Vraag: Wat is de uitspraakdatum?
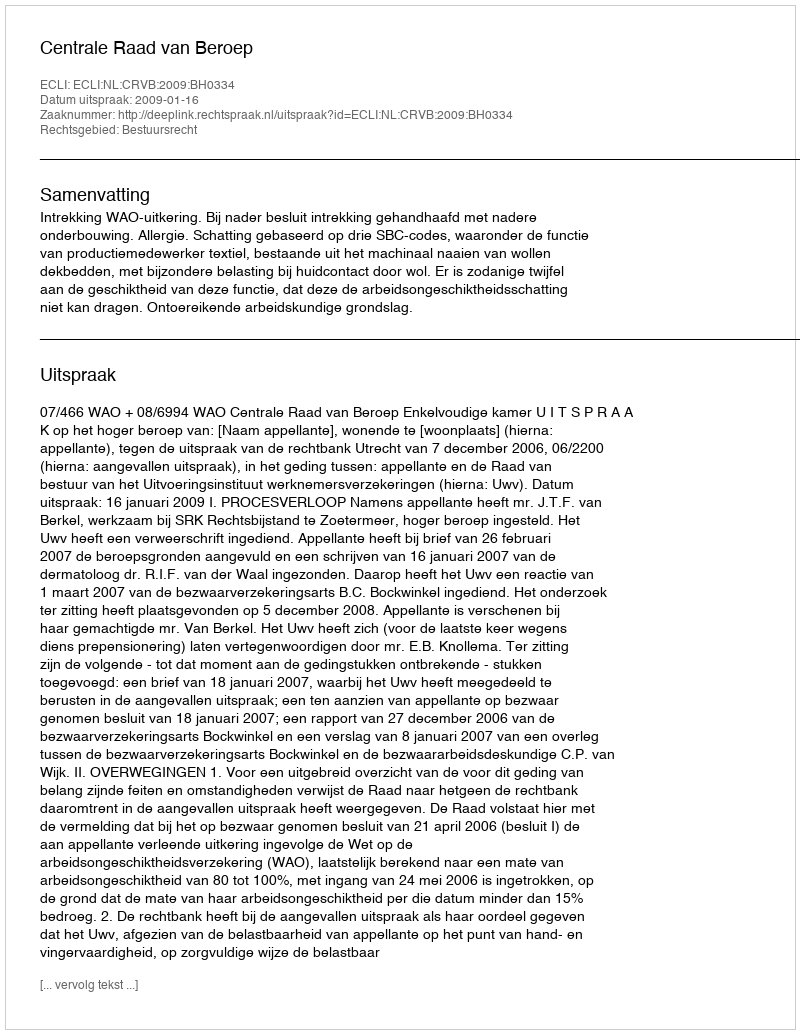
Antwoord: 2009-01-16